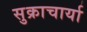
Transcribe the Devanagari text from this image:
सुक्राचार्या